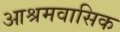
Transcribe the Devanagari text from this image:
आश्रमवासिक